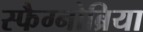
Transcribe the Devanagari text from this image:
स्फैग्नोब्रिया